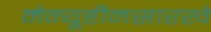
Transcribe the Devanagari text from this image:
मेन्यूहीनसारखे